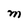
Character: M